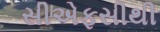
સીએફસીથી